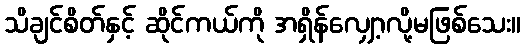
သိချင်စိတ်နှင့် ဆိုင်ကယ်ကို အရှိန်လျှော့လို့မဖြစ်သေး။